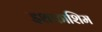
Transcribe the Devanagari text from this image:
इशकाशिम